Calcutta medical institutions reports 1892-1900
Year: 1892
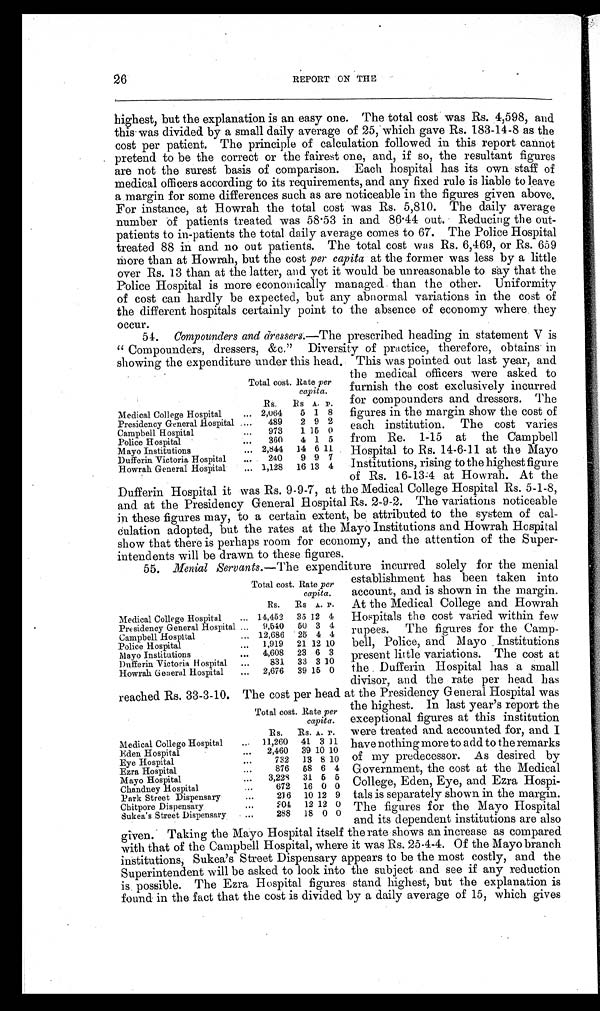
26
REPORT ON THE
highest, but the explanation is an easy one. The total cost was Rs. 4,598, and
this was divided by a small daily average of 25, which gave Rs. 183-14-8 as the
cost per patient. The principle of calculation followed in this report cannot
pretend to be the correct or the fairest one, and, if so, the resultant figures
are not the surest basis of comparison. Each hospital has its own staff of
medical officers according to its requirements, and any fixed rule is liable to leave
a margin for some differences such as are noticeable in the figures given above.
For instance, at Howrah the total cost was Rs. 5,810. The daily average
number of patients treated was 58.53 in and 86.44 out. Reducing the out-
patients to in-patients the total daily average comes to 67. The Police Hospital
treated 88 in and no out patients. The total cost was Rs. 6,469, or Rs. 659
more than at Howrah, but the cost per capita at the former was less by a little
over Rs. 13 than at the latter, and yet it would be unreasonable to say that the
Police Hospital is more economically managed than the other. Uniformity
of cost can hardly be expected, but any abnormal variations in the cost of
the different hospitals certainly point to the absence of economy where they
occur.
54. Compounders and dressers. —The prescribed heading in statement V is
“Compounders, dressers, &c.” Diversity of practice, therefore, obtains in
showing the expenditure under this head. This was pointed out last year, and
the medical officers were asked to
furnish the cost exclusively incurred
for compounders and dressers. The
figures in the margin show the cost of
each institution. The cost varies
from Re. 1-15 at the Campbell
Hospital to Rs. 14-6-11 at the Mayo
Institutions, rising to the highest figure
of Rs. 16-13-4 at Howrah. At the
Dufferin Hospital it was Rs. 9-9-7, at the Medical College Hospital Rs. 5-1-8,
and at the Presidency General Hospital Rs. 2-9-2. The variations noticeable
in these figures may, to a certain extent, be attributed to the system of cal-
culation adopted, but the rates at the Mayo Institutions and Howrah Hospital
show that there is perhaps room for economy, and the attention of the Super-
intendents will be drawn to these figures.
55. Menial Servants. —The expenditure incurred solely for the menial
establishment has been taken into
account, and is shown in the margin.
At the Medical College and Howrah
Hospitals the cost varied within few
rupees. The figures for the Camp-
bell, Police, and Mayo Institutions
present little variations. The cost at
the Dufferin Hospital has a small
divisor, and the rate per head has
reached Rs. 33-3-10. The cost per head at the Presidency General Hospital was
the highest. In last year's report the
exceptional figures at this institution
were treated and accounted for, and I
have nothing more to add to the remarks
of my predecessor. As desired by
Government, the cost at the Medical
College, Eden, Eye, and Ezra Hospi-
tals is separately shown in the margin.
The figures for the Mayo Hospital
and its dependent institutions are also
-
-
given. Taking the Mayo Hospital itself the rate shows an increase as compared
with that of the Campbell Hospital, where it was Rs. 25-4-4. Of the Mayo branch
institutions, Sukea's Street Dispensary appears to be the most costly, and the
Superintendent will be asked to look into the subject and see if any reduction
is possible. The Ezra Hospital figures stand highest, but the explanation is
found in the fact that the cost is divided by a daily average of 15, which gives
Total cost. Rate pe r
Total cost. Rate per
capita.
Rs.
Rs A. P.
Medical College Hospital
... 2,064
5 1 8
Presidency General Hospital ....
489
2 9 2
Campbell Hospital
...
973
1 15 0
Police Hospital
...
360
4 1 5
Mayo Institutions
... 2,844
14 6 11
Dufferin Victoria Hospital
...
240
9 9 7
Howrah General Hospital
... 1,128
16 13 4
Total cost. Rate per
capita.
Rs.
Rs A. P.
Medical College Hospital
... 14,452
35 12 4
Presidency General Hospital ...
9,610
50 3 4
Campbell Hospital
... 12,686
2 5 4 4
Police Hospital
...
1,919
21 12 10
Mayo Institutions
...
4,608
23 6 3
Dufferin Victoria Hospital
...
831
33 3 10
Howrah General Hospital
...
2,676
39 15 0
T o t a l c o s t . R a t e
p e r c a p i t a .
Rs.
Rs. A. P.
Medical College Hospital
11,260
41 3 11
Eden Hospital
...
2,460
39 10 10
Eye Hospital
...
782
13 8 10
Ezra Hospital
...
876
68 6 4
Mayo Hospital
...
3,22S
31 6 5
Chandney Hospital
...
672 16 0 0
Park Street Dispensary
...
2 1 6 10 12 9
Chitpore Dispensary
...
204
12 12 0
Sukea's Street Dispensary
288
18 0 0